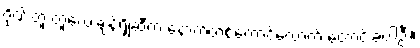
ဂိုဏ်းတူ တူလေးချန်ရှို့ဆီက နောက်တစ်ကောင်လောက် တောင်းခဲ့ပါဦး။